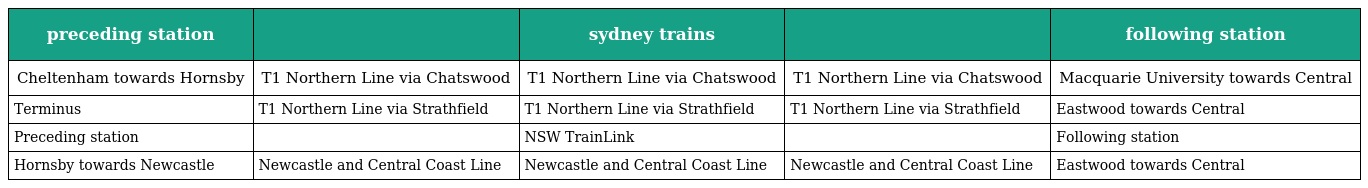
| preceding station |  | sydney trains |  | following station |
 | --- | --- | --- | --- | --- |
 | Cheltenham towards Hornsby | T1 Northern Line via Chatswood | T1 Northern Line via Chatswood | T1 Northern Line via Chatswood | Macquarie University towards Central |
 | Terminus | T1 Northern Line via Strathfield | T1 Northern Line via Strathfield | T1 Northern Line via Strathfield | Eastwood towards Central |
 | Preceding station |  | NSW TrainLink |  | Following station |
 | Hornsby towards Newcastle | Newcastle and Central Coast Line | Newcastle and Central Coast Line | Newcastle and Central Coast Line | Eastwood towards Central |